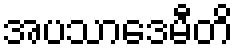
အပသာဒေမီတိ